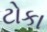
ટોકા